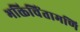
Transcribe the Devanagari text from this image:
भक्तिचिंतामणि